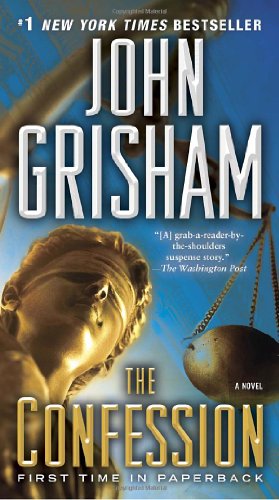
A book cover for The Confession; John Grisham; Mystery, Thriller & Suspense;